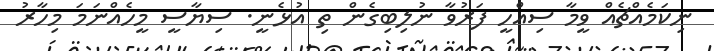
ނިކަމެއްޗެއް ވީމާ ސިއްހީ ފަރުވާ ނުލިބިގެން ތި އުޅެނީ. ސިޔާސީ މީހެއްނަމަ މިހާރު